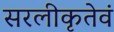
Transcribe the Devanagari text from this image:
सरलीकृतेवं